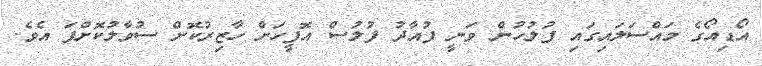
އޯޑިއޯގެ މައްސަލައިގައި ފުލުހުން ވަނީ ފުއާދު ފުލުސް އޮފީހަށް ހާޒިރުކޮށް ސުވާލުކޮށްފަ އެވެ.